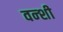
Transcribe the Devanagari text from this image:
वन्शी